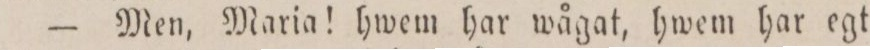
— Men, Maria! hwem har wågat, hwem har egt